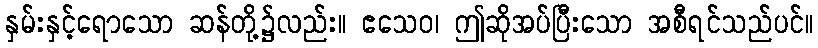
နှမ်းနှင့်ရောသော ဆန်တို့၌လည်း။ ဧသေဝ၊ ဤဆိုအပ်ပြီးသော အစီရင်သည်ပင်။